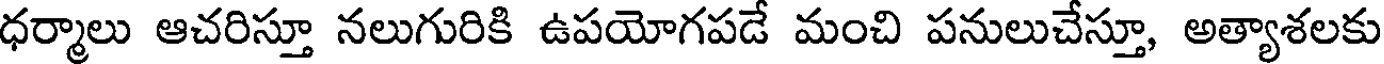
ధర్మాలు ఆచరిస్తూ నలుగురికి ఉపయోగపడే మంచి పనులుచేస్తూ, అత్యాశలకు